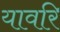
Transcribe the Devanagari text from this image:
यावरि